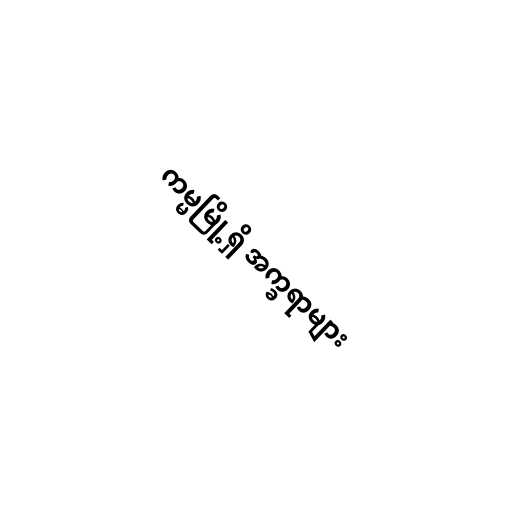
ကမ္မမြို့ရှိ အက္ခရာများ